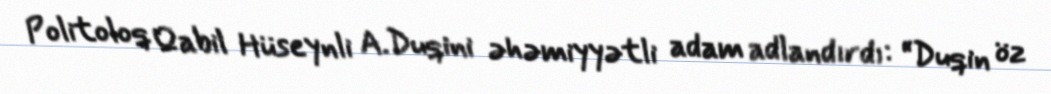
Politoloq Qabil Hüseynli A.Duqini əhəmiyyətli adam adlandırdı: “Duqin öz